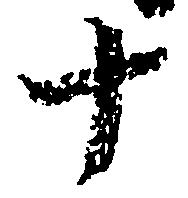
十